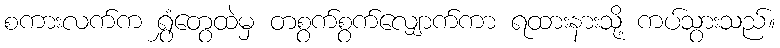
စကားလက်က ရွှံတွေထဲမှ တစွက်စွက်လျှောက်ကာ ရထားနားသို့ ကပ်သွားသည်။